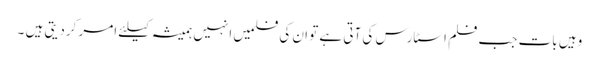
وہیں بات جب فلم اسٹارس کی آتی ہے تو ان کی فلمیں انہیں ہمیشہ کیلئے امر کردیتی ہیں ۔